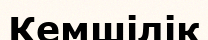
Кемшілік